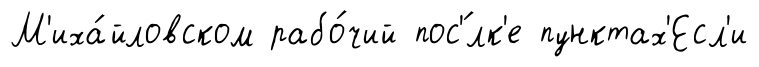
М'иха́йловском рабо́чий пос'́лк'е пунктах'Есл'и